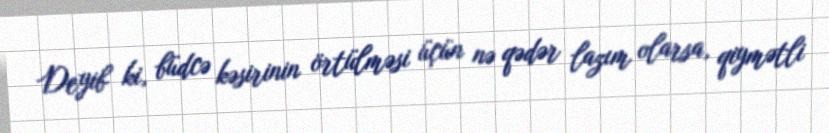
Deyib ki, büdcə kəsirinin örtülməsi üçün nə qədər lazım olarsa, qiymətli